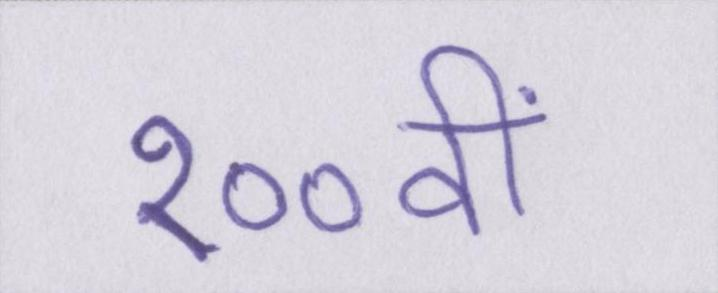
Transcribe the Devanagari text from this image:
१००वीं